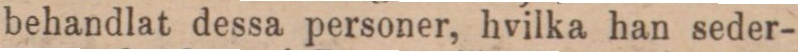
behandlat dessa personer, hvilka han seder-